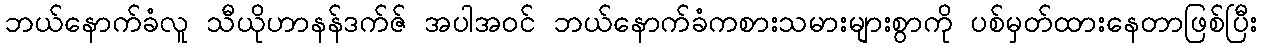
ဘယ်နောက်ခံလူ သီယိုဟာနန်ဒက်ဇ် အပါအဝင် ဘယ်နောက်ခံကစားသမားများစွာကို ပစ်မှတ်ထားနေတာဖြစ်ပြီး